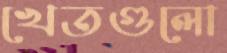
খেতগুলো